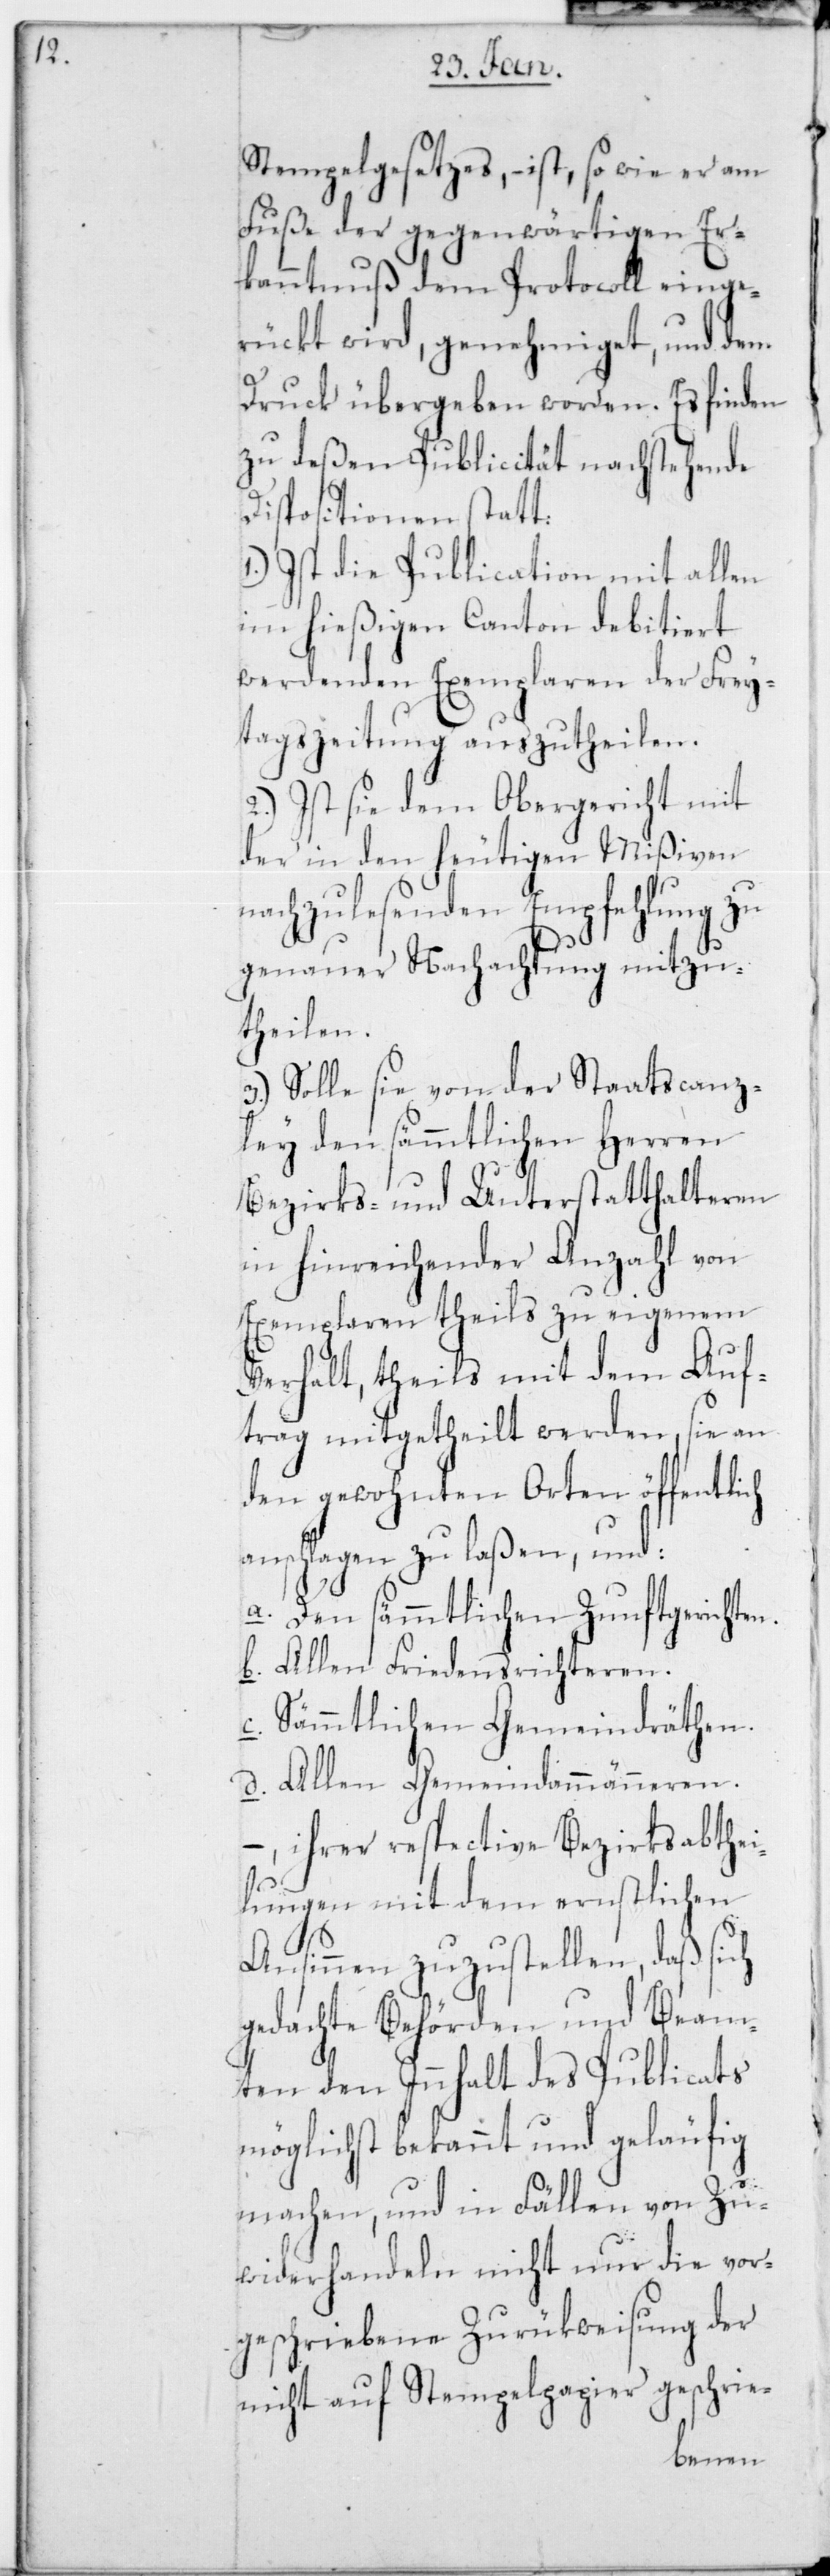
Stempelgesetzes, – ist, sowie er am
Fuße der gegenwärtigen Er¬
kanntnuß dem Protocoll einge¬
rückt wird, genehmiget, und dem
Druck übergeben worden. Es finden
zu deßen Publicität nachstehende
Dispositionen statt.
Ist die Publication mit allen
im hießigen Canton debitiert
werdenden Exemplaren der Frey¬
tagszeitung auszutheilen.
2.) Ist sie dem Obergericht mit
der in den heutigen Mißiven
nachzulesenden Empfehlung zu
genauer Nachachtung mitzu¬
theilen.
3.) Solle sie von der Staatscanz¬
ley den sämmtlichen Herren
Bezirks- und Unterstatthalteren
in hinreichender Anzahl von
Exemplaren theils zu eigenem
Verhalt, theils mit dem Auf¬
trag mitgetheilt werden, sie an
den gewohnten Orten öffentlich
anschlagen zu laßen, und:
a. Den sämmtlichen Zunftgerichten.
b. Allen Friedensrichteren.
c. Sämmtlichen Gemeindräthen.
d. Allen Gemeindammänneren.
ihrer respective[n] Bezirksabthei¬
lungen mit dem ernstlichen
Ansinnen zuzustellen, daß sich
gedachte Behörden und Beam¬
ten den Innhalt des Publicats
möglichst bekannt und geläufig
machen, und in Fällen von Zu¬
widerhandeln nicht nur die vor¬
geschriebene Zurückweisung der
nicht auf Stempelpapier geschrie-